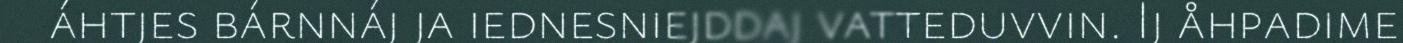
áhtjes bárnnáj ja iednesniejddaj vatteduvvin. Ij åhpadime